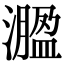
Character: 㵬